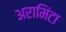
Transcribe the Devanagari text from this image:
अरामिंटा